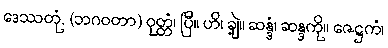
ဒေဿတုံ, (ဘဂဝတာ) ဝုတ္တံ၊ ပြီ။ ဟိ၊ ချဲ့။ ဆန္ဒံ၊ ဆန္ဒကို။ ဇေဋ္ဌကံ၊